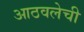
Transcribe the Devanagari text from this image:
आठवलेची